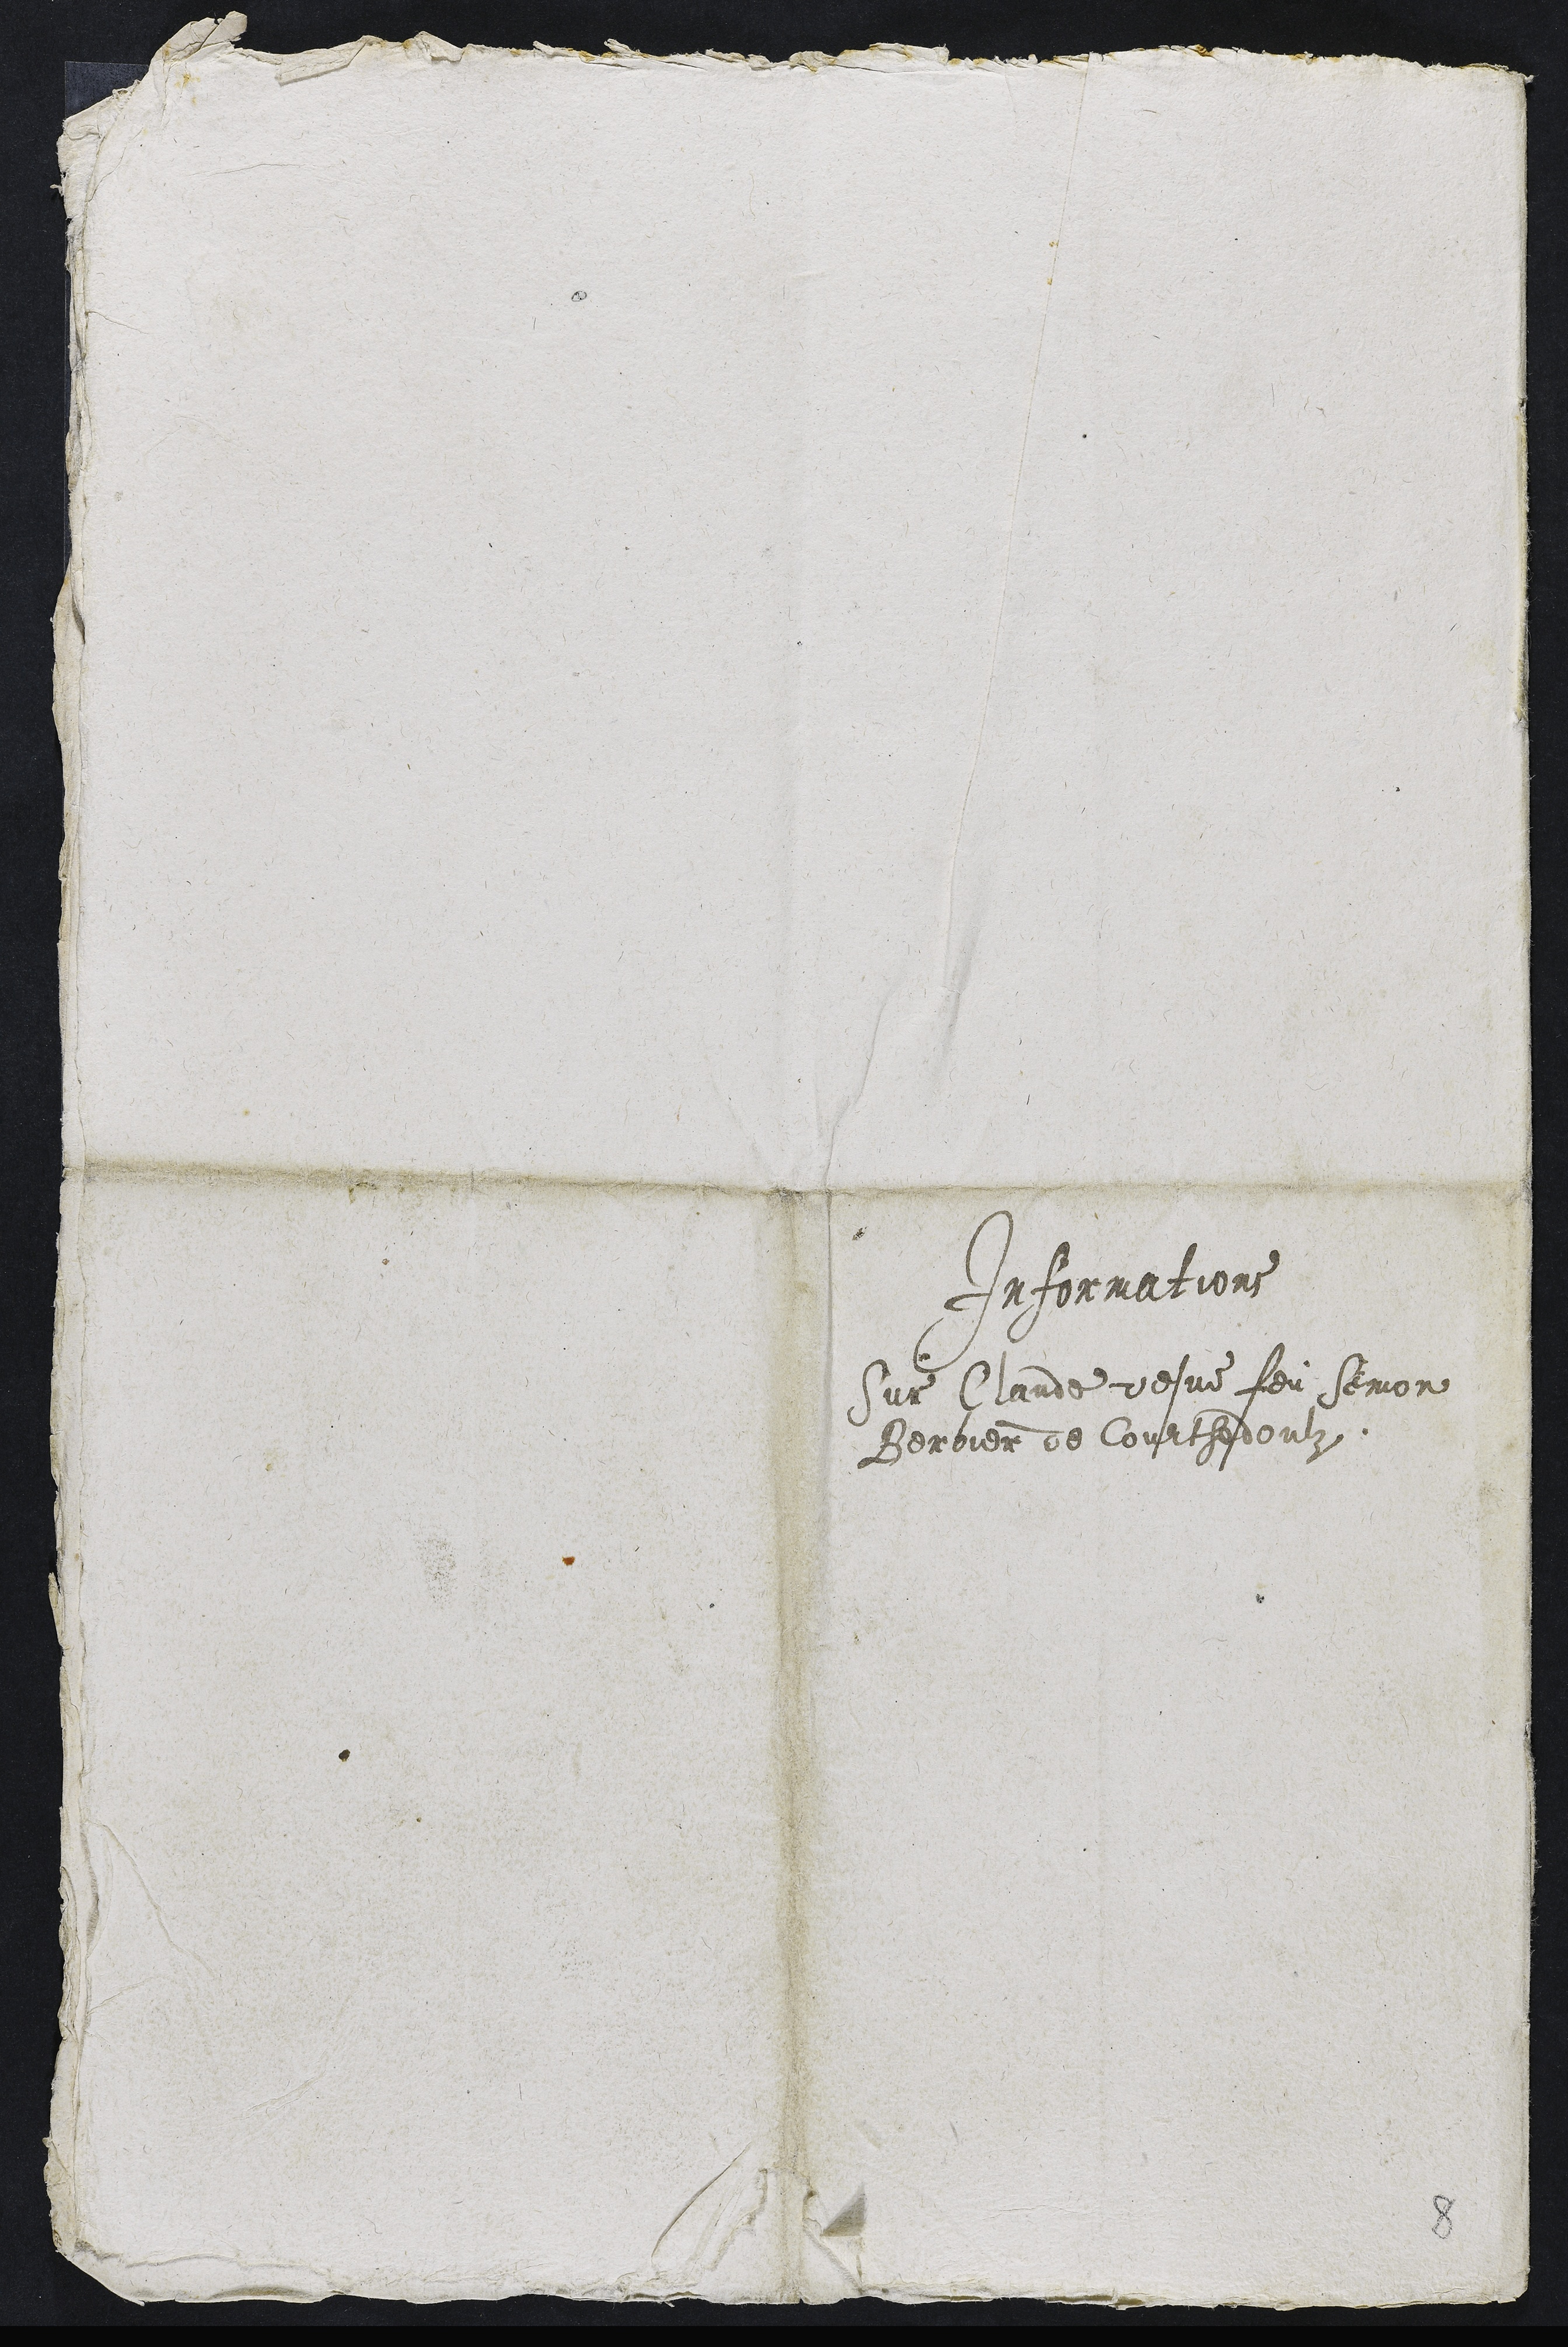
Informations
Sur Claude vesve feu Semon
Berbier de Courthedoulz.